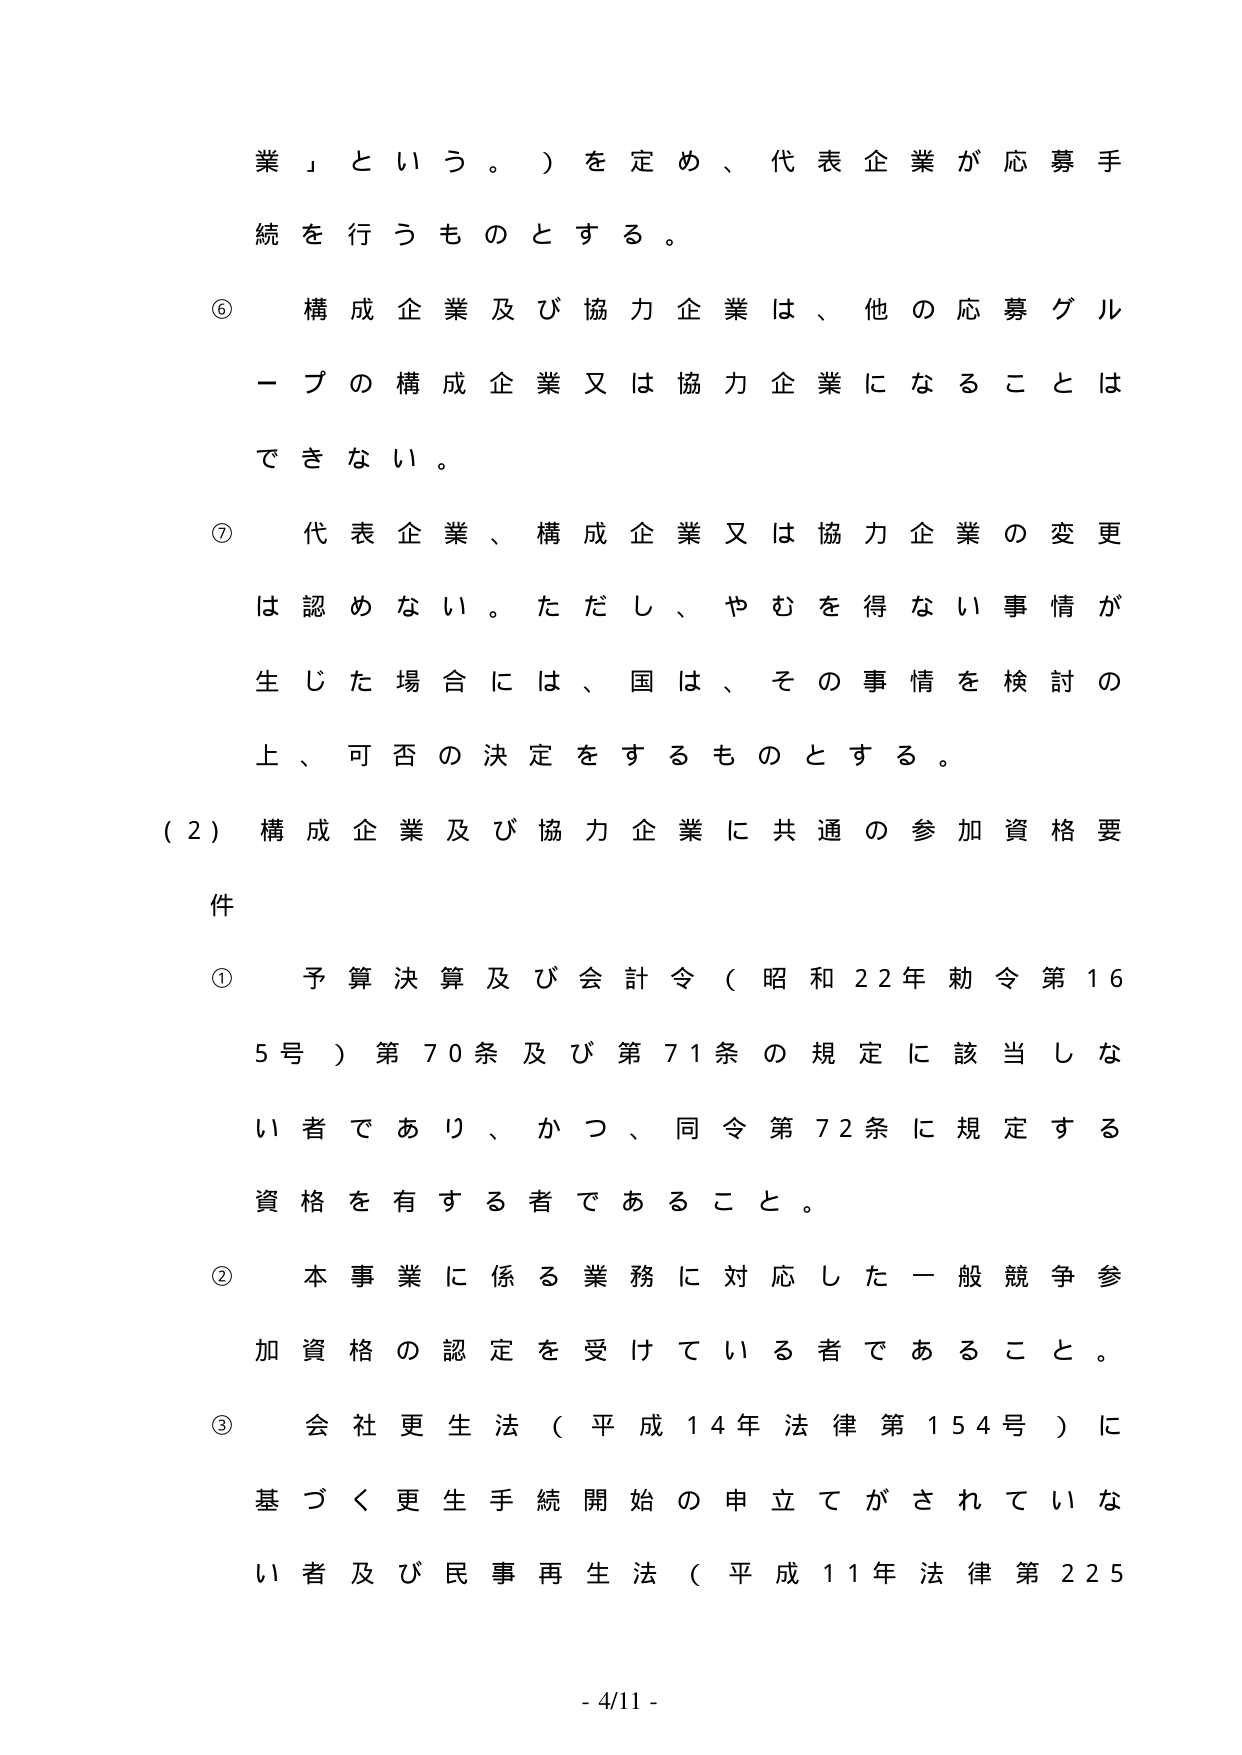
業」という。）を定め、代表企業が応募手
続を行うものとする。
⑥ 構成企業及び協力企業は、他の応募グループの構成企業又は協力企業になることは
できない。
⑦ 代表企業、構成企業又は協力企業の変更
は認めない。ただし、やむを得ない事情が
生じた場合には、国は、その事情を検討の
上、可否の決定をするものとする。
（2）構成企業及び協力企業に共通の参加資格要
件
① 予算決算及び会計令（昭和22年勅令第16
5号）第70条及び第71条の規定に該当しな
い者であり、かつ、同令第72条に規定する
資格を有する者であること。
② 本事業に係る業務に対応した一般競争参
加資格の認定を受けている者であること。
③ 会社更生法（平成14年法律第154号）に
基づく更生手続開始の申立てがされていな
い者及び民事再生法（平成11年法律第225
- 4/11 -